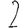
Digit: 2